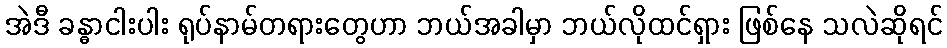
အဲဒီ ခန္ဓာငါးပါး ရုပ်နာမ်တရားတွေဟာ ဘယ်အခါမှာ ဘယ်လိုထင်ရှား ဖြစ်နေ သလဲဆိုရင်